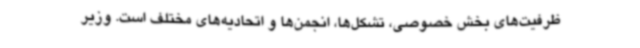
ظرفیت‌های بخش خصوصی، تشکل‌ها، انجمن‌ها و اتحادیه‌های مختلف است. وزیر